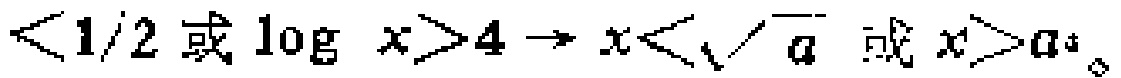
\(<1/2或\log x>4\rightarrow x<\sqrt{a}或x>a^{4}\)